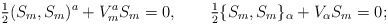
\begin{align*}\hbox{$\frac{1}{2}$} (S_m, S_m)^a + V_m^a S_m = 0,\qquad\hbox{$\frac{1}{2}$} \{ S_m, S_m \}_\alpha + V_\alpha S_m = 0;\end{align*}